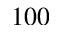
1 0 0